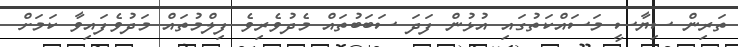
ތަރިން ސިޔާސީ މަސައްކަތުގައި އުޅުން ފަދަ ސަބަބުތައް މެދުވެރިވެ ފިލްމުތައް މަދުވެފައިވާ ކަމަށް